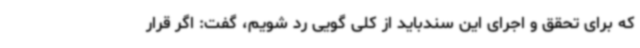
که برای تحقق و اجرای این سندباید از کلی گویی رد شویم، گفت: اگر قرار